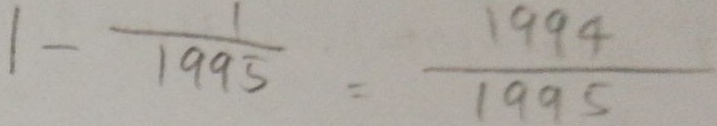
1 - \frac { 1 } { 1 9 9 5 } = \frac { 1 9 9 4 } { 1 9 9 5 }